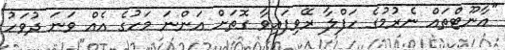
"އާނޫޓްތައް ނެރުމުގެ ހަފްލާ ރޭވިފައިވާ ގޮތަށް އަންނަ މަހުގެ އެއް ވަނަ ދުވަހު